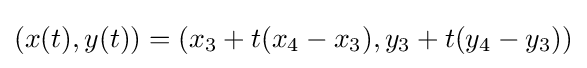
(x(t),y(t))=(x_{3}+t(x_{4}-x_{3}),y_{3}+t(y_{4}-y_{3}))